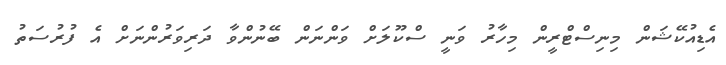
އެޑިއުކޭޝަން މިނިސްޓްރީން މިހާރު ވަނީ ސްކޫލަށް ވަންނަން ބޭނުންވާ ދަރިވަރުންނަށް އެ ފުރުސަތު